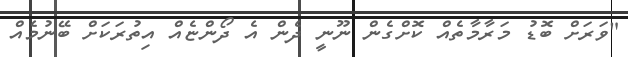
"ވަރަށް ބޮޑު މަރާމާތެއް ކޮށްގެން ނޫނީ ދެން އެ ދޯންޏެއް އިތުރަކަށް ބޭނުމެއް